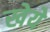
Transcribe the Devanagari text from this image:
खेये